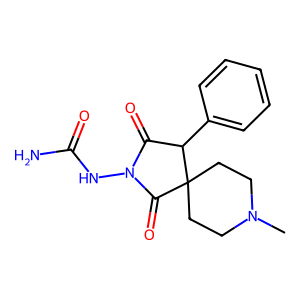
SMILES: CN1CCC2(CC1)C(=O)N(NC(N)=O)C(=O)C2c1ccccc1
Inhibits HIV replication: No